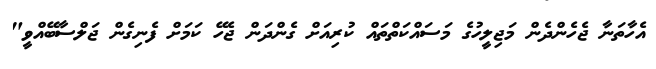
އެހާތަނާ ޖެހެންދެން މަޖިލީހުގެ މަސައްކަތްތައް ކުރިއަށް ގެންދަން ޖެހޭ ކަމަށް ފެނިގެން ޖަލްސާބޭއްވީ"